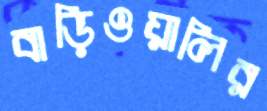
বাড়িওয়ালির